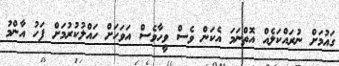
ގައުމަށް ނުރައްކަލެއް އޮތްނަމަ އެކަން ވެސް ވީހާވެސް އަވަހަށް ހައްލުކުރުމަށް ފަހު އާންމު